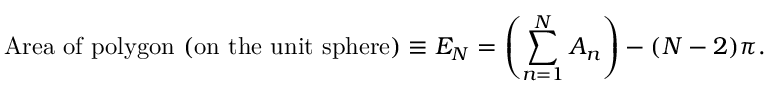
{ \mathrm { A r e a ~ o f ~ p o l y g o n ~ ( o n ~ t h e ~ u n i t ~ s p h e r e ) } } \equiv E _ { N } = \left( \sum _ { n = 1 } ^ { N } A _ { n } \right) - ( N - 2 ) \pi .